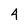
Character: 4